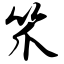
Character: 笊